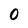
Character: 0